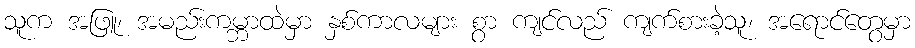
သူက အဖြူ၊ အမည်းကမ္ဘာထဲမှာ နှစ်ကာလများ စွာ ကျင်လည် ကျက်စားခဲ့သူ၊ အရောင်တွေမှာ